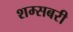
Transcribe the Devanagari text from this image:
शम्सबरी